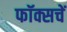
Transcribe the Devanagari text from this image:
फॉक्सचें